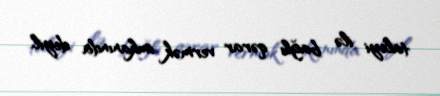
taleyi ilə bağlı qərar vermək imkanında deyil.